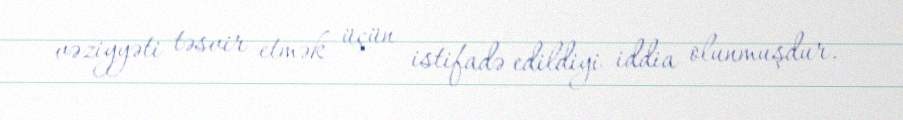
vəziyyəti təsvir etmək üçün istifadə edildiyi iddia olunmuşdur.